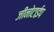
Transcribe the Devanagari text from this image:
जीनोटाईप